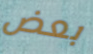
بعض